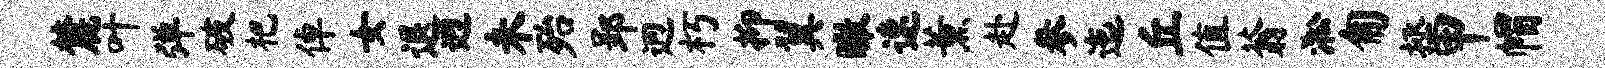
麓叶弹破杷倬女退迥未殆郢迥朽抑翼瞰速薰赴参迤丘值蓊淞匍拯甲帽